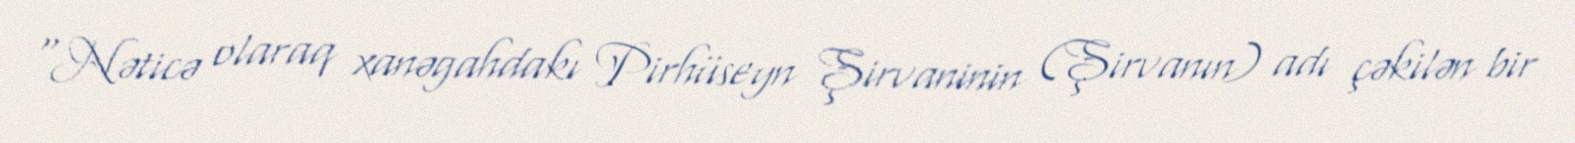
"Nəticə olaraq xanəgahdakı Pirhüseyn Şirvaninin (Şirvanın) adı çəkilən bir